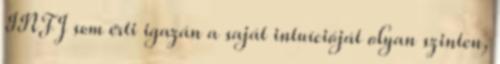
INFJ sem érti igazán a saját intuícióját olyan szinten,